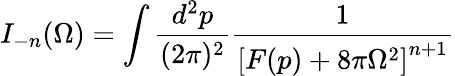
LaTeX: I_{-n}(\Omega)=\int\frac{d^{2}p}{(2\pi)^{2}}\frac{1}{\left[F(p)+8\pi\Omega^{2}\right]^{n+1}}